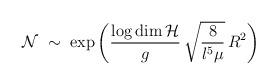
LaTeX: \begin{align*}{\cal N}\;\sim\;\exp\left(\frac{\log\dim{\cal H}}{g}\,\sqrt{\frac{8}{l^{5}\mu}}\,R^{2}\right)\end{align*}